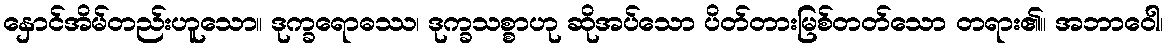
နှောင်အိမ်တည်းဟူသော။ ဒုက္ခရောဓဿ၊ ဒုက္ခသစ္စာဟု ဆိုအပ်သော ပိတ်တားမြစ်တတ်သော တရား၏။ အဘာဝေါ၊